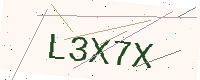
Text: L3X7X